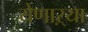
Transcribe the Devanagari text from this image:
येणाऱ्या